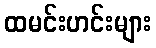
ထမင်းဟင်းများ